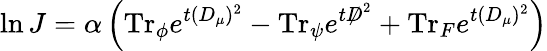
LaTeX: \ln J=\alpha\left(\mathrm{Tr}_{\phi}e^{t(D_{\mu})^{2}}-\mathrm{Tr}_{\psi}e^{t{\not D}^{2}}+\mathrm{Tr}_{F}e^{t(D_{\mu})^{2}}\right)